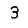
Digit: 3